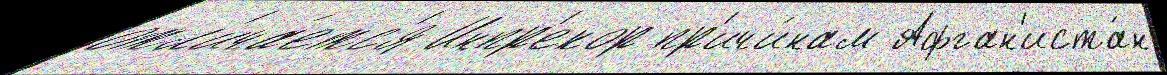
отл'ича́етс'я Инпр'екор пр'ичи́нам Афган'иста́н